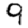
Digit: 9